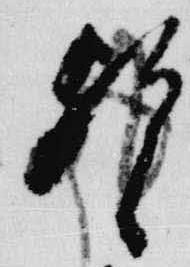
歟